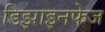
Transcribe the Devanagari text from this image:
डिझाइनफेज